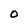
Character: O